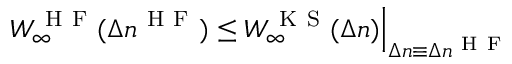
W _ { \infty } ^ { \mathrm { ~ H ~ F ~ } } ( \Delta n ^ { \mathrm { ~ H ~ F ~ } } ) \leq W _ { \infty } ^ { \mathrm { ~ K ~ S ~ } } ( \Delta n ) \Big | _ { \Delta n \equiv \Delta n ^ { \mathrm { ~ H ~ F ~ } } }